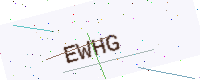
Text: EWHG